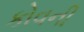
કોવની